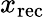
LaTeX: x_{\mathrm{rec}}